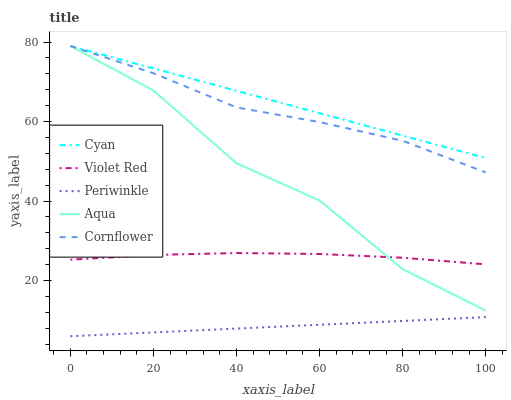
| xaxis_label | Cyan | Violet Red | Periwinkle | Aqua | Cornflower |
 | --- | --- | --- | --- | --- | --- |
 | 0 | 79 | 25.3 | 6 | 79 | 79 |
 | 20 | 73.4 | 26.4 | 6.96 | 67.8 | 72.2 |
 | 40 | 67.7 | 26.9 | 7.93 | 49.5 | 63.6 |
 | 60 | 62.1 | 26.7 | 8.89 | 40.1 | 59.9 |
 | 80 | 56.5 | 25.7 | 9.86 | 22.9 | 55.2 |
 | 100 | 50.8 | 24.1 | 10.8 | 12.5 | 47.2 |